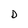
Character: D